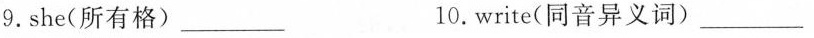
9.she(所有格___10.write(同音异义词)___